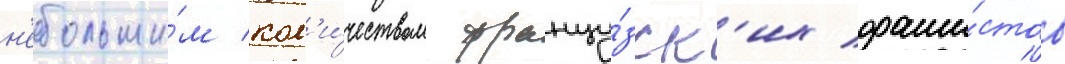
н'ебольши́м кол'и́чеством францу́зск'их фаши́стов